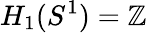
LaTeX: H_{1}(S^{1})=\mathbb{Z}